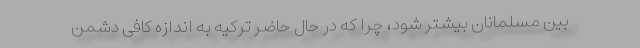
بین مسلمانان بیشتر شود، چرا که در حال حاضر ترکیه به اندازه کافی دشمن